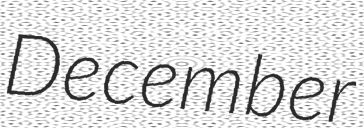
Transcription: December